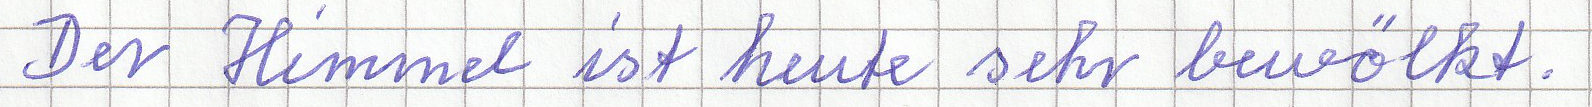
Der Himmel ist heute sehr bewölkt.